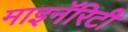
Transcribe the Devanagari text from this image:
माइनॅरिटी